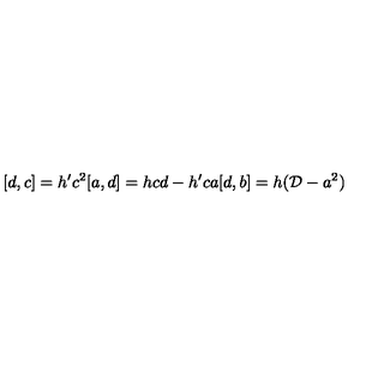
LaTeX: [ d , c ] = h ^ { \prime } c ^ { 2 } [ a , d ] = h c d - h ^ { \prime } c a [ d , b ] = h ( { \cal D } - a ^ { 2 } )